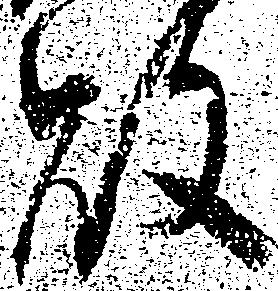
敗